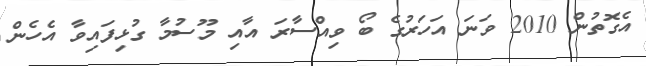
އެގޮތުން 2010 ވަނަ އަހަރުގެ ބޯ ވިއްސާރަ އާއި މޫސުމާ ގުޅިފައިވާ އެހެން